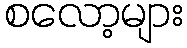
စလော့များ